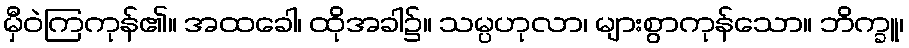
မှီဝဲကြကုန်၏။ အထခေါ၊ ထိုအခါ၌။ သမ္ပဟုလာ၊ များစွာကုန်သော။ ဘိက္ခူ၊